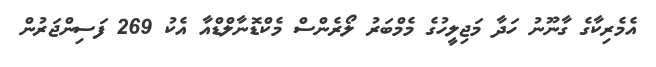
އެމެރިކާގެ ގާނޫނު ހަދާ މަޖިލީހުގެ މެމްބަރު ލޯރެންސް މެކްޑޮނާލްޑްއާ އެކު 269 ފަސިންޖަރުން